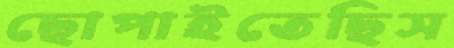
ছোপাইতেছিস